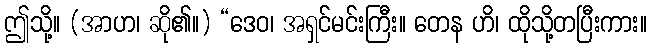
ဤသို့။ (အာဟ၊ ဆို၏။) “ဒေဝ၊ အရှင်မင်းကြီး။ တေန ဟိ၊ ထိုသို့တပြီးကား။